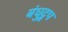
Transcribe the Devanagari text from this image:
बंधुद्वप